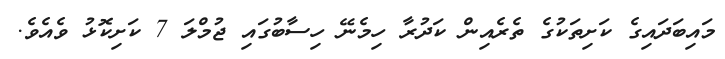
މައިބަދައިގެ ކަށިތަކުގެ ތެރެއިން ކަދުރާ ހިމެނޭ ހިސާބުގައި ޖުމްލަ 7 ކަށިކޮޅު ވެއެވެ.